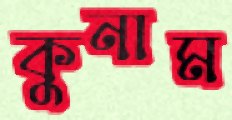
কুনাম